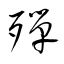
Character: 殫